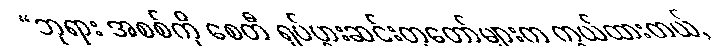
“ဘုရား အစစ်ကို စေတီ ရုပ်ပွားဆင်းတုတော်များက ကွယ်ထားတယ်,